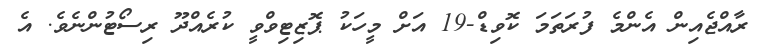
ރާއްޖެއިން އެންމެ ފުރަތަމަ ކޮވިޑް-19 އަށް މީހަކު ޕޮޒިޓިވްވީ ކުރެއްދޫ ރިސޯޓުންނެވެ. އެ